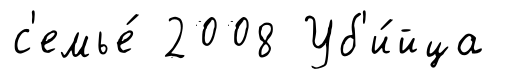
с'емье́ 2008 Уб'и́йца